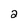
Character: 2